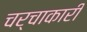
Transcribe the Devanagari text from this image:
चर्चाकारी